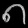
Digit: ၈